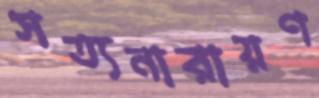
সত্যনারায়ণ